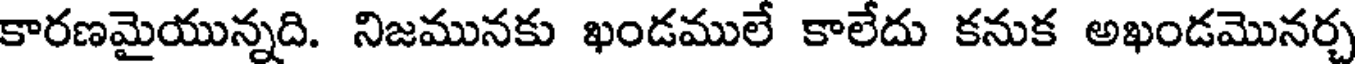
కారణమైయున్నది. నిజమునకు ఖండములే కాలేదు కనుక అఖండమొనర్చ